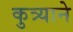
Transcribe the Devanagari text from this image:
कुत्र्याने